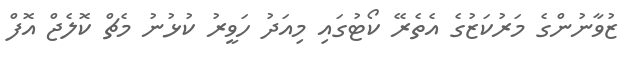
ޒުވާނުންގެ މަރުކަޒުގެ އެތެރޭ ކޯޓުގައި މިއަދު ހަވީރު ކުޅުނު މެޗް ކޮލެޖް އޮފް